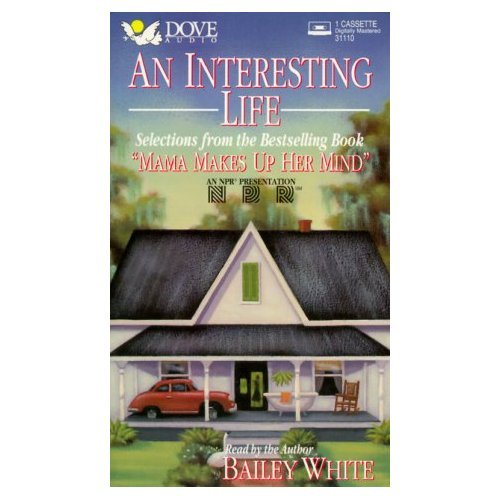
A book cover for An Interesting Life; Bailey White; Humor & Entertainment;